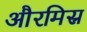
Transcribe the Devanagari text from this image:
औरमिस्र